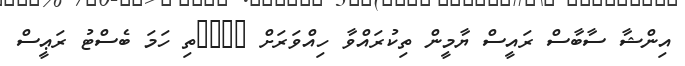
އިންޝާ ސާބާސް ރައީސް ޔާމީން ތިކުރައްވާ ހިއްވަރަށް ????ތި ހަމަ ބެސްޓު ރަޢީސް